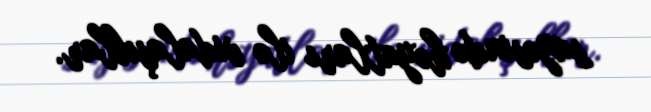
sayəsində həyatları ilə vidalaşıblar.